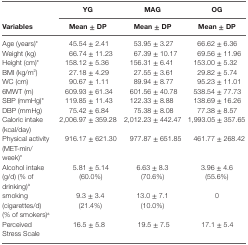
|  | YG | MAG | OG |
 | Variables | Mean ± DP | Mean ± DP | Mean ± DP |
 | --- | --- | --- | --- |
 | Age (years)* | 45.54 ± 2.41 | 53.95 ± 3.27 | 66.62 ± 6.36 |
 | Weight (kg) | 66.74 ± 11.23 | 67.39 ± 10.17 | 69.56 ± 11.96 |
 | Height (cm)* | 158.12 ± 5.36 | 156.31 ± 6.41 | 153.00 ± 5.32 |
 | BMI (kg/m2) | 27.18 ± 4.29 | 27.55 ± 3.61 | 29.82 ± 5.74 |
 | WC (cm) | 90.67 ± 1.11 | 89.94 ± 8.77 | 95.23 ± 11.01 |
 | 6MWT (m) | 609.93 ± 61.34 | 601.56 ± 40.78 | 538.54 ± 77.73 |
 | SBP (mmHg)* | 119.85 ± 11.43 | 122.33 ± 8.88 | 138.69 ± 16.26 |
 | DBP (mmHg) | 75.42 ± 6.84 | 75.38 ± 8.08 | 77.38 ± 8.57 |
 | Caloric intake (kcal/day) | 2,006.97 ± 359.28 | 2,012.23 ± 442.47 | 1,993.05 ± 357.65 |
 | Physical activity (MET-min/week)* | 916.17 ± 621.30 | 977.87 ± 651.85 | 461.77 ± 268.42 |
 | Alcohol intake (g/d) (% of drinking)a | 5.81 ± 5.14 (60.0%) | 6.63 ± 8.3 (70.6%) | 3.96 ± 4.6 (55.6%) |
 | smoking (cigarettes/d) (% of smokers)a | 9.3 ± 3.4 (21.4%) | 13.0 ± 7.1 (10.0%) | 0 |
 | Perceived Stress Scale | 16.5 ± 5.8 | 19.5 ± 7.5 | 17.1 ± 5.4 |